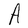
Character: A